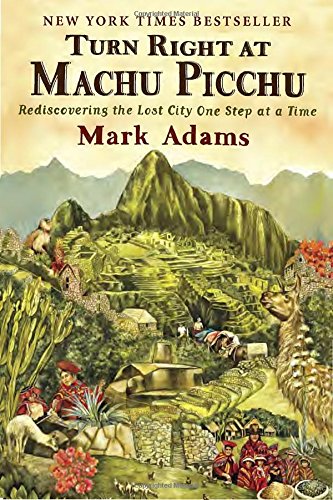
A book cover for Turn Right at Machu Picchu: Rediscovering the Lost City One Step at a Time; Mark Adams; Science & Math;